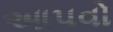
આપવો